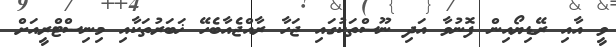
ވީ އާއި ރޭޑިޔޯއިން ފޮނުވާ އަދި ނޫސްތަކުގައި ޖަހާ ރާއްޖެއާބެހޭ ޚަބަރުތަކާއި މިނިސްޓްރީއަށް